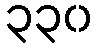
၃၃၀